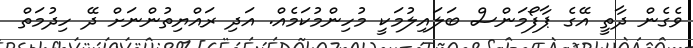
ވެގެން ދާތީ އޭގެ ޕާފޯމަންސް ބަލައިލުމަކީ މުހިންމުކަމެއް. އަދި ރައްޔިތުންނަށް ދޭ ހިދުމަތް